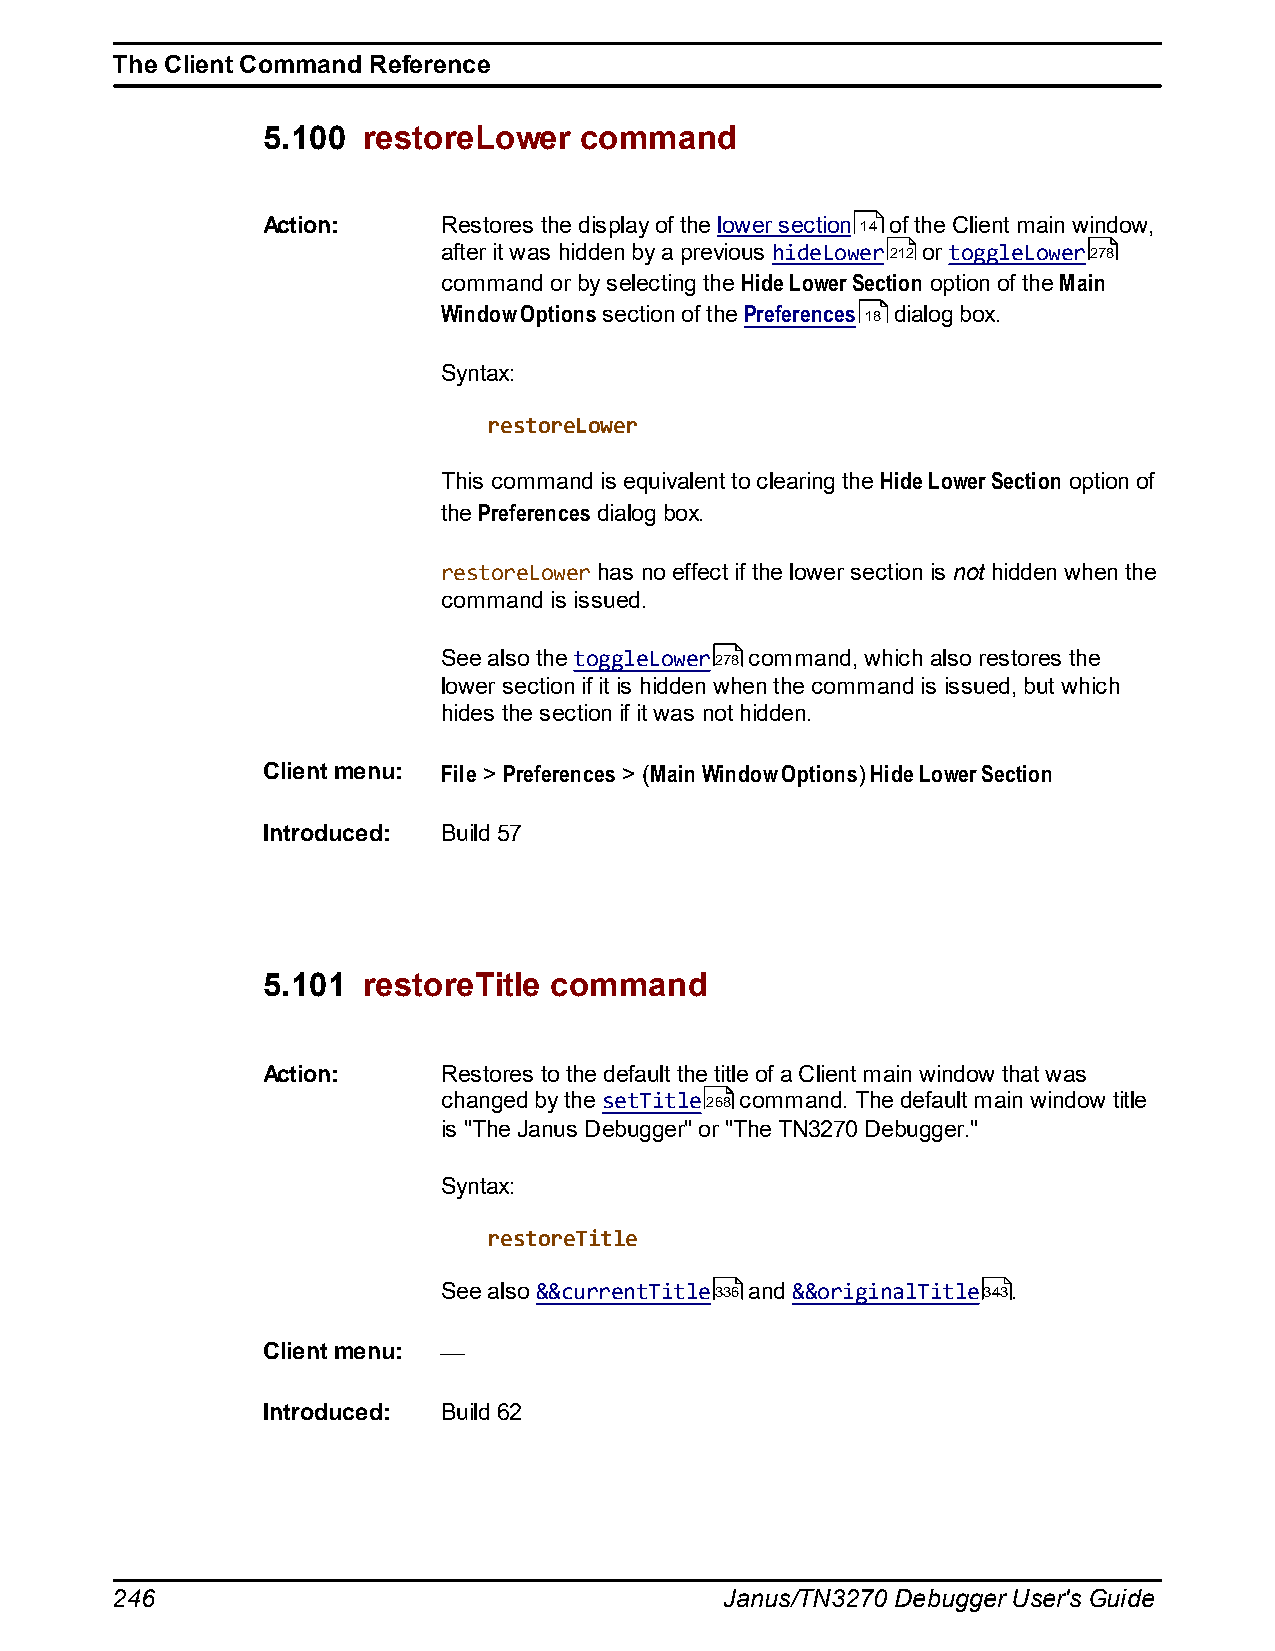
The Client Command Reference
 5.100  restoreLower  command
 Action:     Restores the display of the lower section 14 of the Client main window,
 after it was hidden by a previous hideLower212 or toggleLower278
 command or by selecting the Hide Lower Section option of the Main
 Window Options section of the Preferences 18 dialog box.
 Syntax:
 restoreLower
 This command is equivalent to clearing the Hide Lower Section option of
 the Preferences dialog box.
 restoreLower has no effect if the lower section is not hidden when the
 command is issued.
 See also the toggleLower278 command, which also restores the
 lower section if it is hidden when the command is issued, but which
 hides the section if it was not hidden.
 Client menu: File > Preferences > (Main Window Options) Hide Lower Section
 Introduced: Build 57
 5.101  restoreTitle command
 Action:     Restores to the default the title of a Client main window that was
 changed by the setTitle268 command. The default main window title
 is "The Janus Debugger" or "The TN3270 Debugger."
 Syntax:
 restoreTitle
 See also &&currentTitle336 and &&originalTitle343.
 Client menu:
 Introduced: Build 62
 246                                      Janus/TN3270 Debugger User's Guide